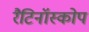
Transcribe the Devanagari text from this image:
रैटिनॉस्कोप